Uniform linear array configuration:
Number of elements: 24
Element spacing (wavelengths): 0.75
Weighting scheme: exponential
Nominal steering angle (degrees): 60
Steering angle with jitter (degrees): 61.671
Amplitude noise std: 0.05
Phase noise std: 0.05

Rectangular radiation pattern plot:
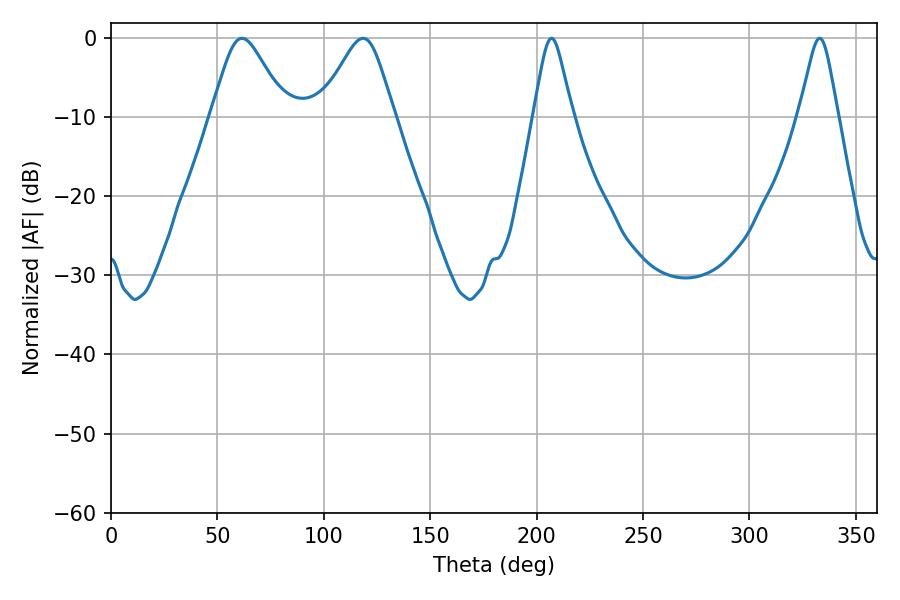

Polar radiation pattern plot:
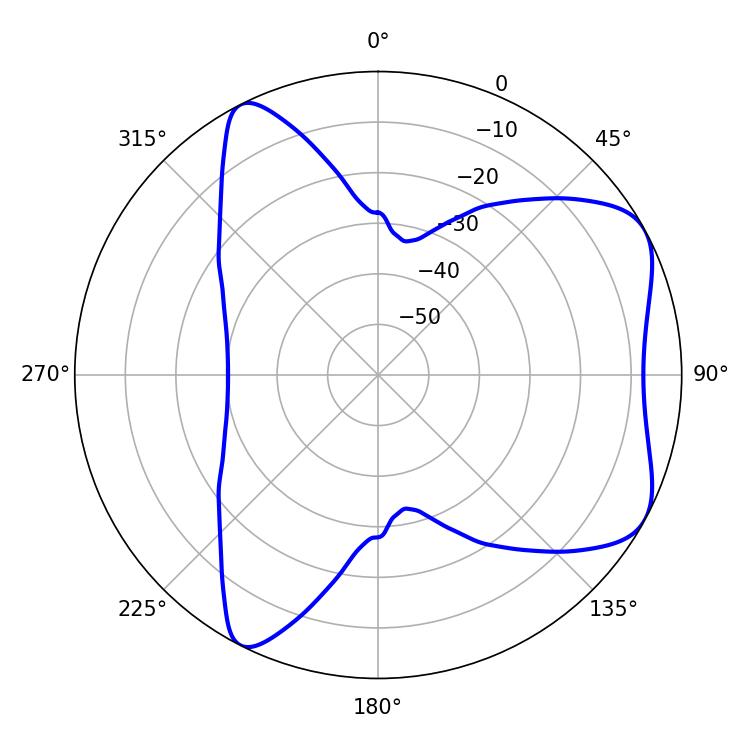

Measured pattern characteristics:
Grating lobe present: TRUE
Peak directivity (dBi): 6.179
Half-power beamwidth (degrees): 16.92
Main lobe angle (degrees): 61.56